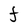
Character: F